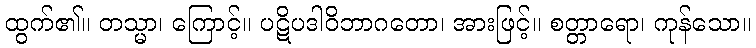
ထွက်၏။ တသ္မာ၊ ကြောင့်။ ပဋိပဒါဝိဘာဂတော၊ အားဖြင့်။ စတ္တာရော၊ ကုန်သော။